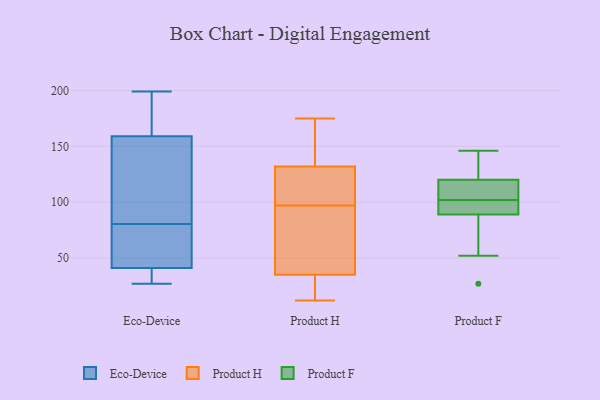
{"axis": {"x": "Active Users", "y": "Value"}, "legend": ["Eco-Device", "Product F", "Product H"], "data": [{"x": "", "y": 41, "type": "Eco-Device"}, {"x": "", "y": 97, "type": "Eco-Device"}, {"x": "", "y": 28, "type": "Eco-Device"}, {"x": "", "y": 67, "type": "Eco-Device"}, {"x": "", "y": 27, "type": "Eco-Device"}, {"x": "", "y": 193, "type": "Eco-Device"}, {"x": "", "y": 199, "type": "Eco-Device"}, {"x": "", "y": 194, "type": "Eco-Device"}, {"x": "", "y": 34, "type": "Eco-Device"}, {"x": "", "y": 159, "type": "Eco-Device"}, {"x": "", "y": 94, "type": "Eco-Device"}, {"x": "", "y": 119, "type": "Eco-Device"}, {"x": "", "y": 41, "type": "Eco-Device"}, {"x": "", "y": 56, "type": "Eco-Device"}, {"x": "", "y": 104, "type": "Eco-Device"}, {"x": "", "y": 33, "type": "Eco-Device"}, {"x": "", "y": 192, "type": "Eco-Device"}, {"x": "", "y": 53, "type": "Eco-Device"}, {"x": "", "y": 132, "type": "Product H"}, {"x": "", "y": 108, "type": "Product H"}, {"x": "", "y": 125, "type": "Product H"}, {"x": "", "y": 35, "type": "Product H"}, {"x": "", "y": 160, "type": "Product H"}, {"x": "", "y": 150, "type": "Product H"}, {"x": "", "y": 86, "type": "Product H"}, {"x": "", "y": 175, "type": "Product H"}, {"x": "", "y": 12, "type": "Product H"}, {"x": "", "y": 80, "type": "Product H"}, {"x": "", "y": 12, "type": "Product H"}, {"x": "", "y": 49, "type": "Product H"}, {"x": "", "y": 33, "type": "Product H"}, {"x": "", "y": 115, "type": "Product H"}, {"x": "", "y": 118, "type": "Product F"}, {"x": "", "y": 111, "type": "Product F"}, {"x": "", "y": 93, "type": "Product F"}, {"x": "", "y": 27, "type": "Product F"}, {"x": "", "y": 89, "type": "Product F"}, {"x": "", "y": 92, "type": "Product F"}, {"x": "", "y": 52, "type": "Product F"}, {"x": "", "y": 123, "type": "Product F"}, {"x": "", "y": 146, "type": "Product F"}, {"x": "", "y": 120, "type": "Product F"}]}